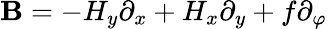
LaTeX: \mathbf{B}=-H_{y}\partial_{x}+H_{x}\partial_{y}+f\partial_{\varphi}